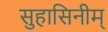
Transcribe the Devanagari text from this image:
सुहासिनीम्